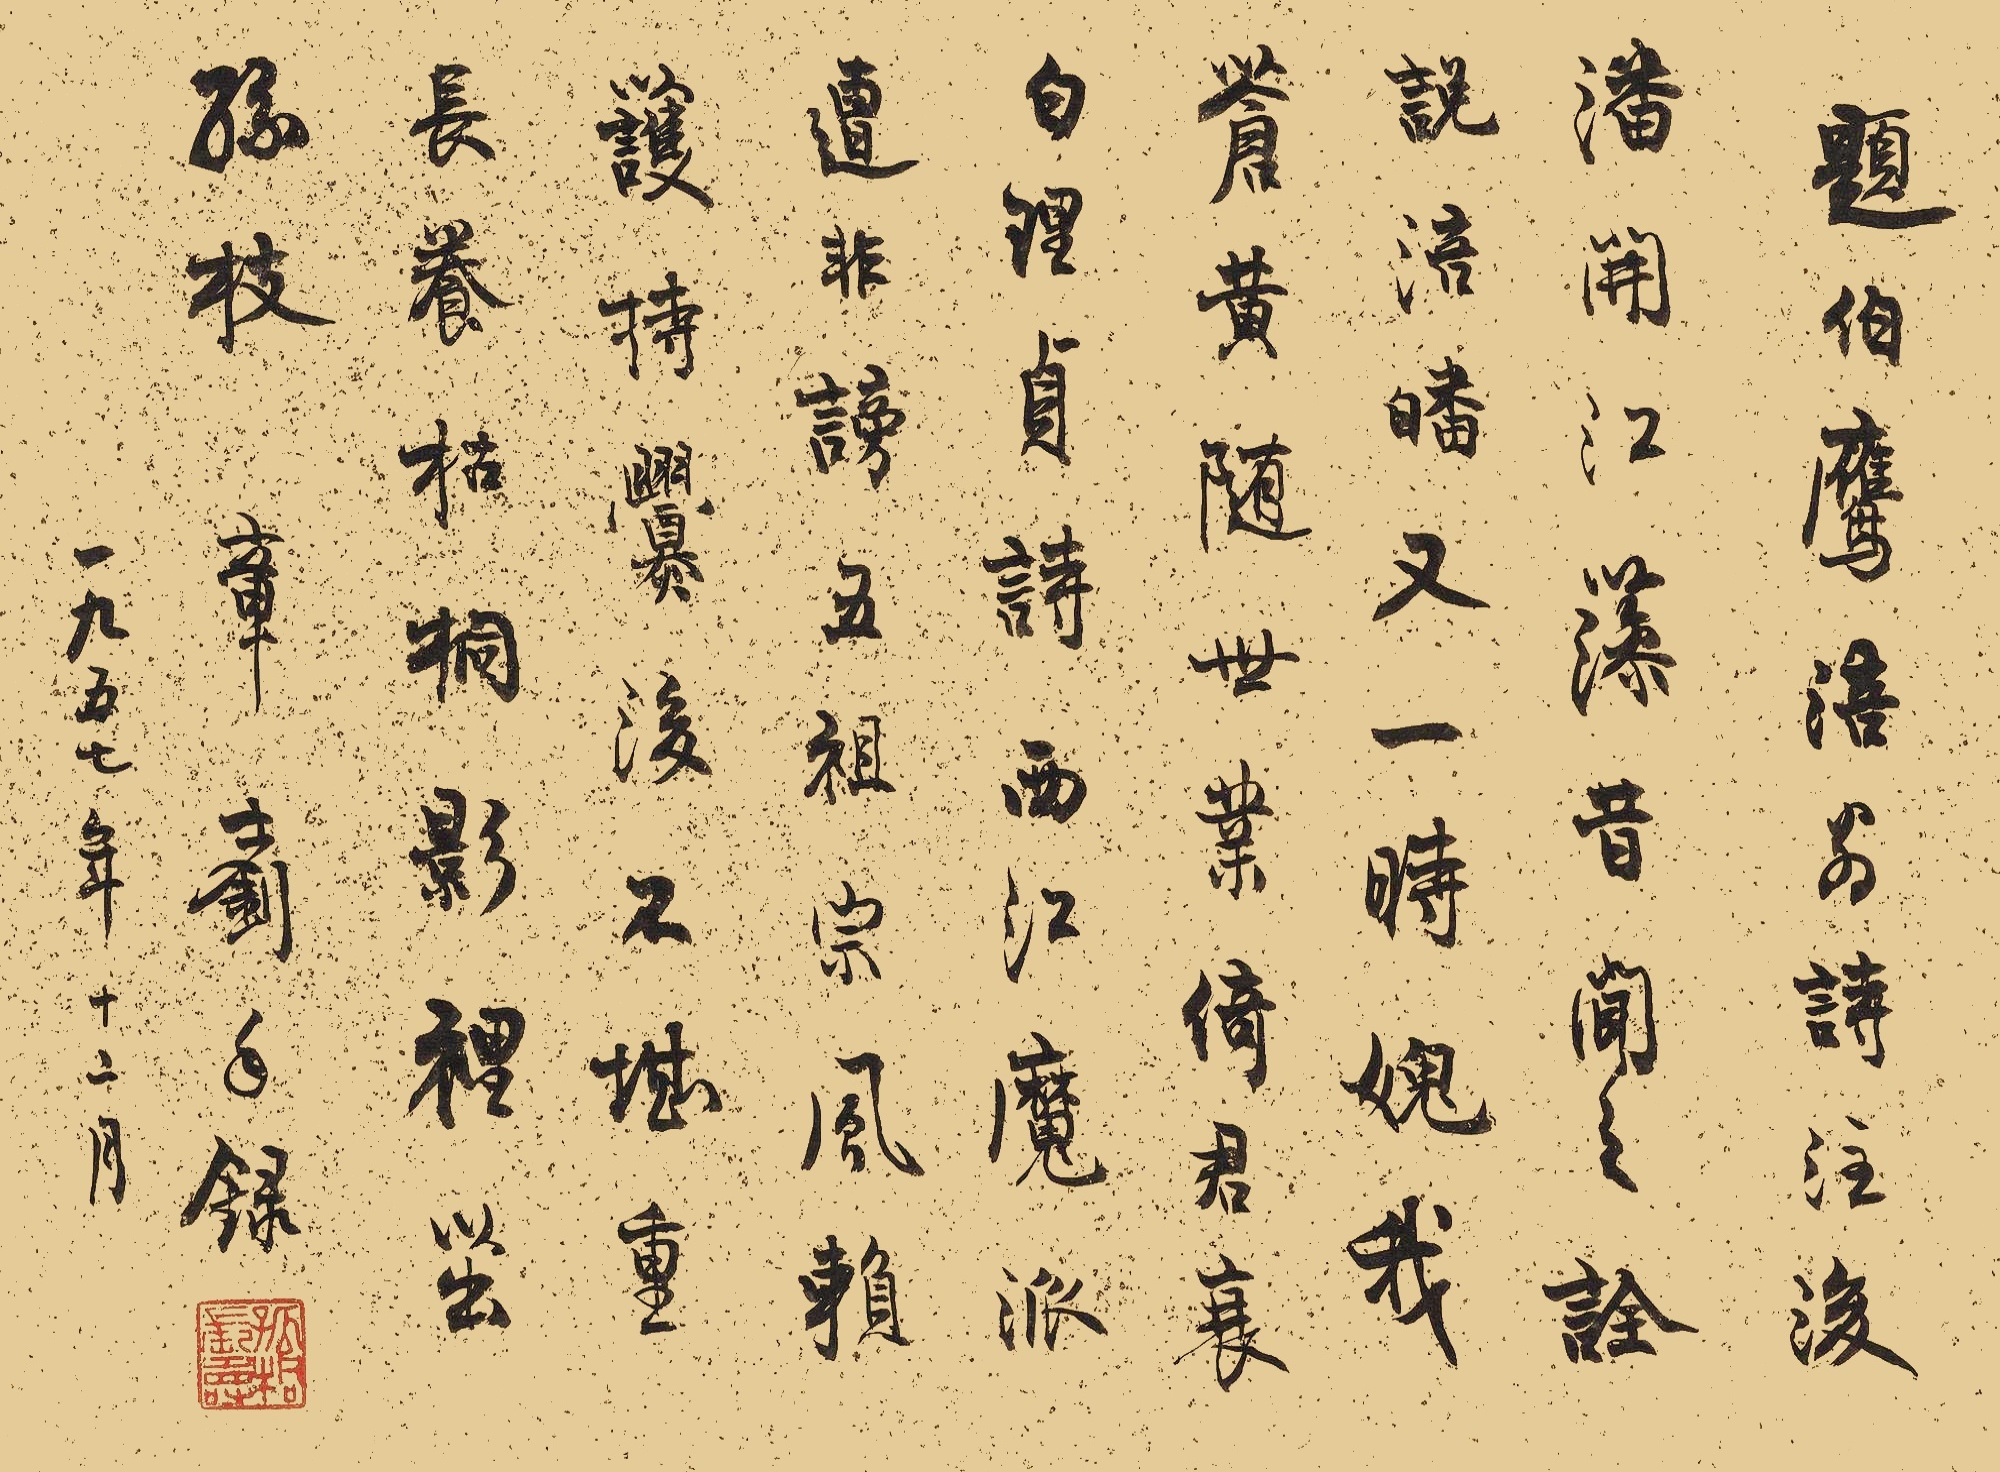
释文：潘开江藻昔闻之，诠说涪皤又一时。愧我苍黄随世业，倚君衰白理贞时。西江魔派造非谤，五祖宗风赖护持。爨后不堪重长养，枯桐影里茁绿枝。题伯鹰涪翁诗注后。章士钊手录，一九五七年十二月。